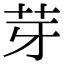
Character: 芽